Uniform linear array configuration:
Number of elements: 12
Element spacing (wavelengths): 0.5
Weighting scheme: exponential
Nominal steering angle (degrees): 15
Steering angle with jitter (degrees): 13.705
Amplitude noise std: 0.05
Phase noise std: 0.05

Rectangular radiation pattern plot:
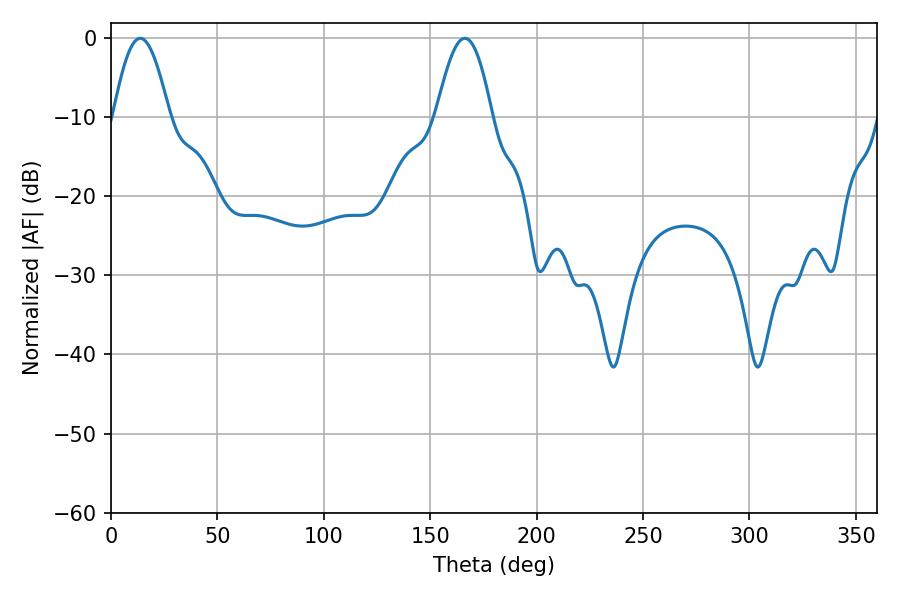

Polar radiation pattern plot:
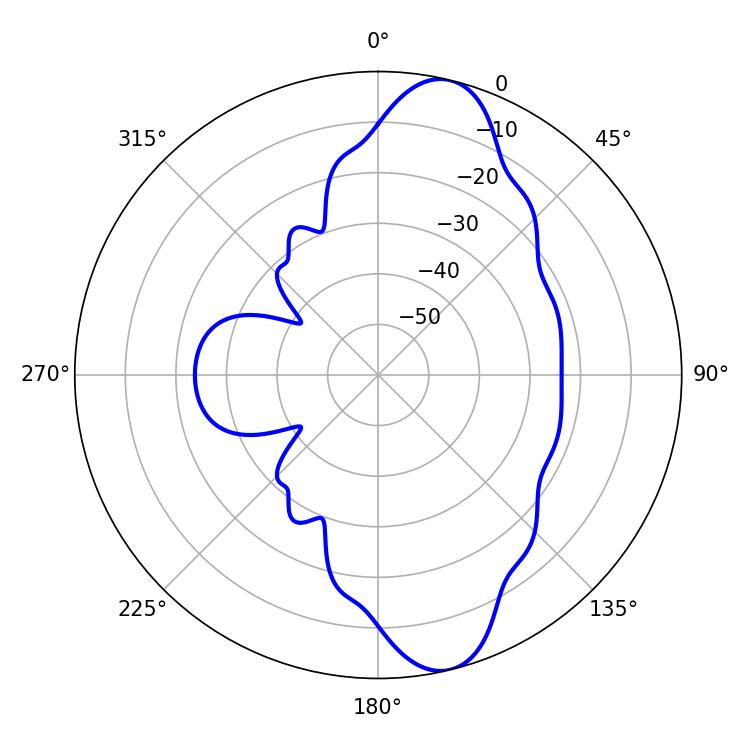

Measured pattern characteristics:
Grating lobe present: FALSE
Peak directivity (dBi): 11.289
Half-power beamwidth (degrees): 14.22
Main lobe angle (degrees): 13.68